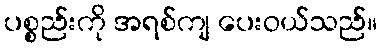
ပစ္စည်းကို အရစ်ကျ ပေးဝယ်သည်။